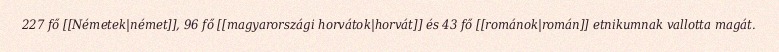
227 fő [[Németek|német]], 96 fő [[magyarországi horvátok|horvát]] és 43 fő [[románok|román]] etnikumnak vallotta magát.